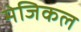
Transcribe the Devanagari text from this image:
मेजिकल